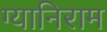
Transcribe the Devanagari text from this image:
ग्यानिराम